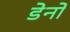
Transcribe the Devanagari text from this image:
डेनो